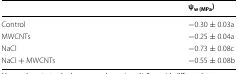
<table><thead><tr><td></td><td><b>ψ<sub>w (MPa</sub>)</b></td></tr></thead><tbody><tr><td>Control</td><td>−0.30 ± 0.03a</td></tr><tr><td>MWCNTs</td><td>−0.25 ± 0.04a</td></tr><tr><td>NaCl</td><td>−0.73 ± 0.08c</td></tr><tr><td>NaCl + MWCNTs</td><td>−0.55 ± 0.08b</td></tr></tbody></table>